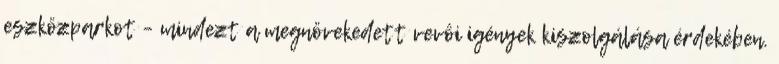
eszközparkot – mindezt a megnövekedett vevôi igények kiszolgálása érdekében.